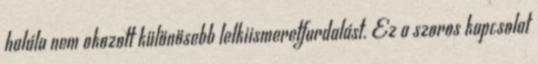
halála nem okozott különösebb lelkiismeretfurdalást. Ez a szoros kapcsolat